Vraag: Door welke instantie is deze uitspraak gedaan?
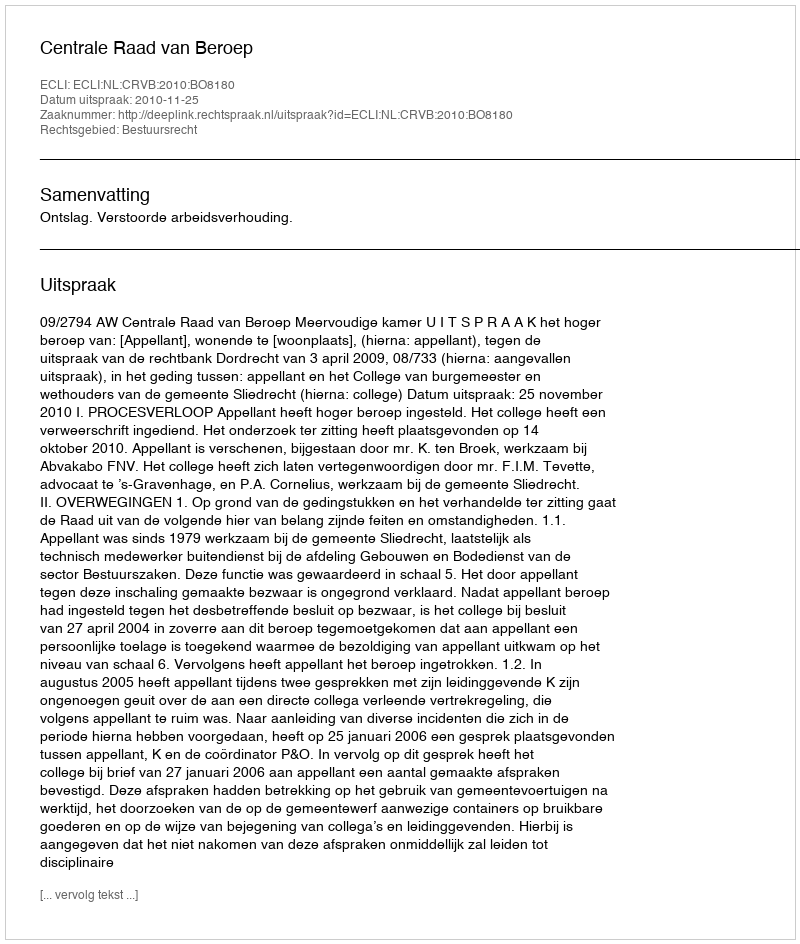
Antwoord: Centrale Raad van Beroep